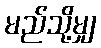
မည်သို့မျှ